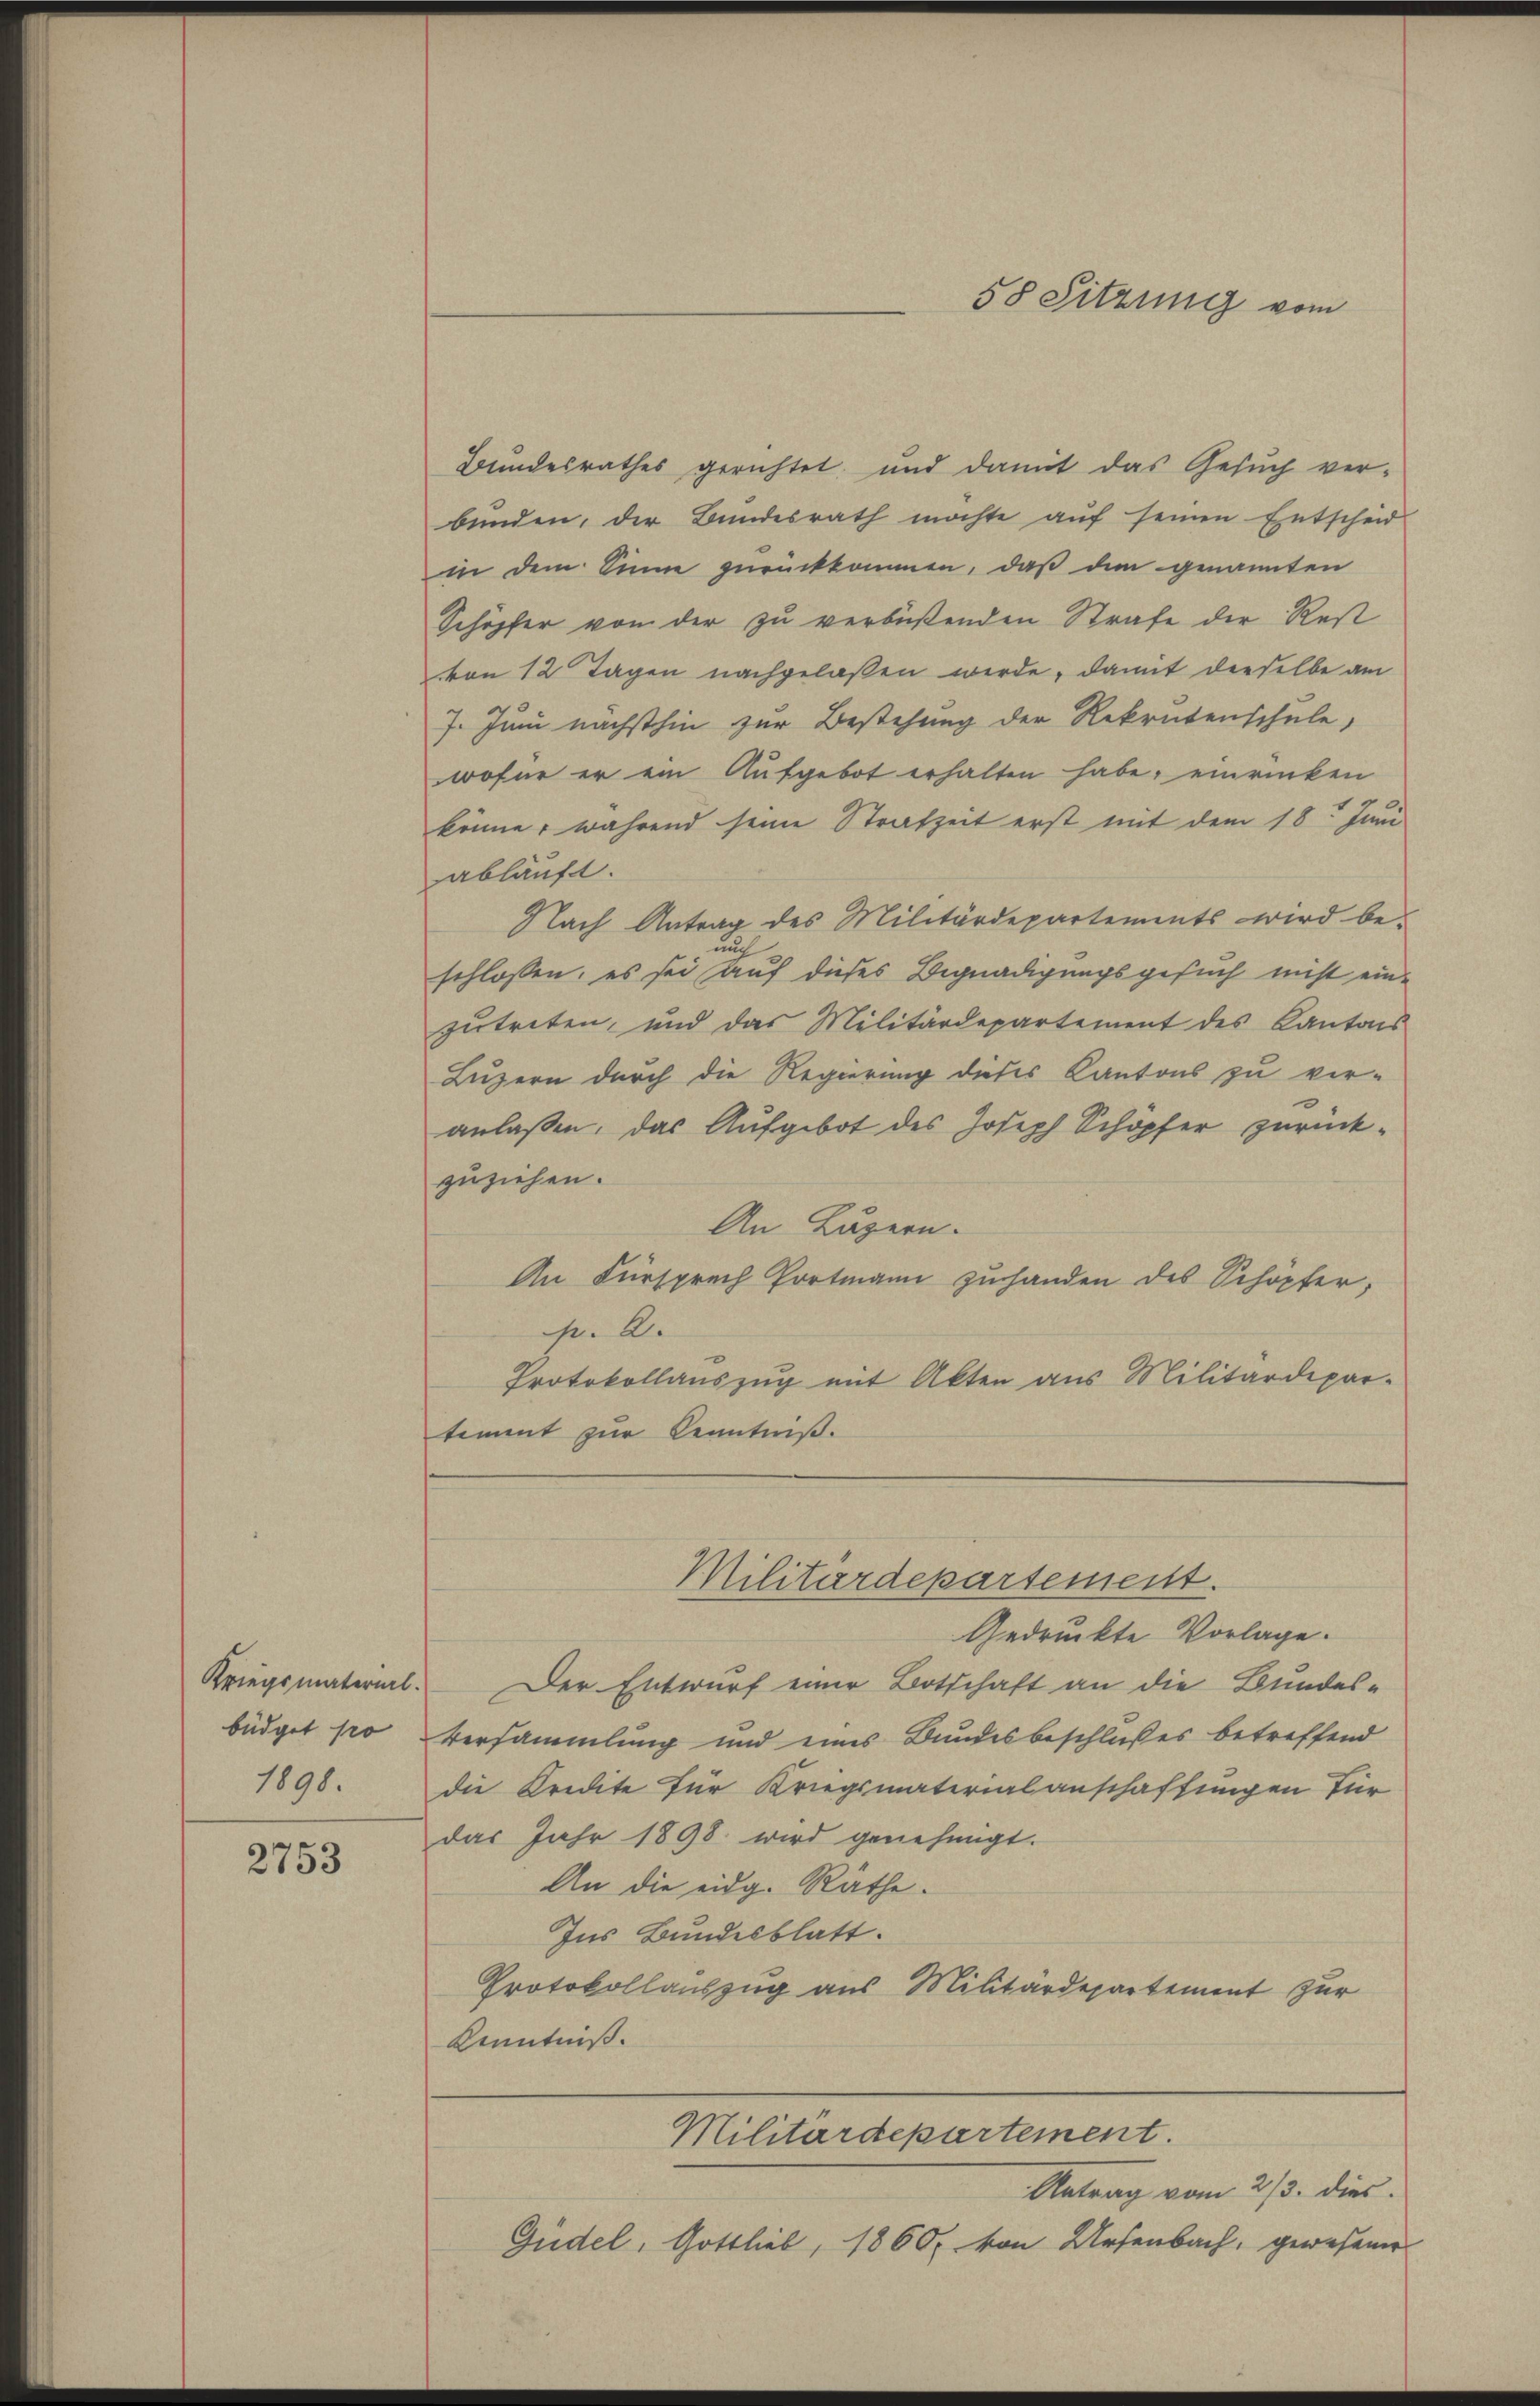
büdget po
1898.

2753

Bundesrathes gerichtet, und damit das Gesŭch ver-
bünden, der Bundesrath möchte aŭf seinen Entscheid
in dem Sinne zurückkommen, daß den genannten
Schöpfer von der zu verbüßenden Strafe der Rest
vvon 12 Tagen nachgelaßen werde, damit dieselbe am
7. Juni nächsthin zur Bestehung der Rekrutenschule,
wofür er ein Aufgebot erhalten habe, einrücken
könne, während seine Strafzeit erst mit dem 18t Juni
abläuft.
Nach Antrag des Militärdepartements wird beauch
schlossen, es sei auf dieses Begnadigungsgesuch nicht einzutreten, und das Militärdepartement des Kantons
Luzern durch die Regierung dieses Kantons zu ver-
anlaßen, das Aufgebot des Joseph Schöpfer zurückzuziehen.
An Luzern.
An Fürsprach Portmann zuhanden des Schöpfer,
Gr. R.
Protokollauszug mit Akten aus Militärdepar-
timmt zur Kenntniß.

58 Sitzung vom

Gedruckte Vorlage.
Kriegsmaterial. Der Entwurf einer Botschaft an die Bundes-
Versammlung und eines Bundesbeschlußes betreffend
die Kredite für Kriegsmaterialanschaffungen für
das Jahr 1898 wird genehmigt.
An die eidg. Räthe.
Ins Bundesblatt.
Protokollauszug aus Militärdepartement zur
Kenntniß.

Militärdepartement.

Militärdepartement.

Antrag vom 2/3. dies
Güdel, Gottlieb, 1860 von Ursenbach, gewesener